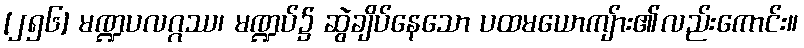
[၂၅၆] မဏ္ဍပလဂ္ဂဿ၊ မဏ္ဍပ်၌ ဆွဲချိပ်နေသော ပထမယောကျ်ား၏လည်းကောင်း။